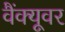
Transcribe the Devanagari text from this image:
वैंक्यूवर